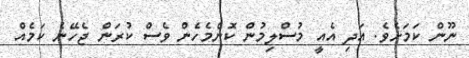
ނޫން ކަމަށެވެ. އަދި އެއީ މުސްލިމުން ކޮންމެހެން ވެސް ކުރަން ޖެހޭނެ ކަމެއް